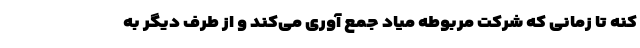
کنه تا زمانی که شرکت مربوطه میاد جمع آوری می‌کند و از طرف دیگر به